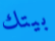
بيتك